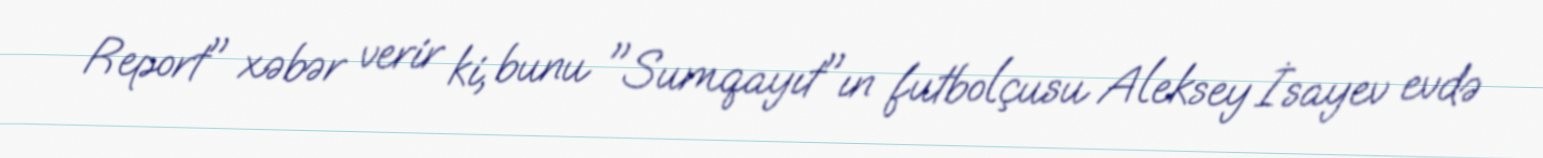
Report" xəbər verir ki, bunu "Sumqayıt"ın futbolçusu Aleksey İsayev evdə